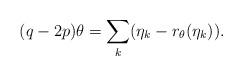
LaTeX: \begin{align*}(q-2p) \theta = \sum_{k}(\eta_k - r_{\theta} (\eta_k )).\end{align*}